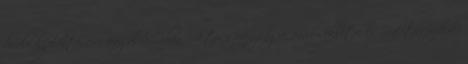
bíráló kijelentéseire reagálva Orbán Viktor szerénységre, önmérsékletre és "realitásérzékre"